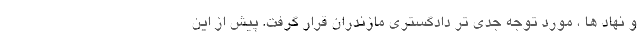
و نهاد ها ، مورد توجه جدی تر دادگستری مازندران قرار گرفت. پیش از این